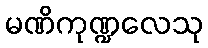
မဏိကုဏ္ဍလေသု